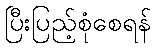
ပြီးပြည့်စုံစေရန်